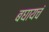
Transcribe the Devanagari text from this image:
बघायचं